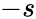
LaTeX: -s